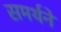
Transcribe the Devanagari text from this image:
समर्थने